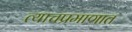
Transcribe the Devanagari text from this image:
त्याचप्रमाणात